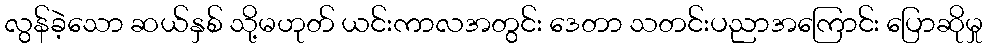
လွန်ခဲ့သော ဆယ်နှစ် သို့မဟုတ် ယင်းကာလအတွင်း ဒေတာ သတင်းပညာအကြောင်း ပြောဆိုမှု